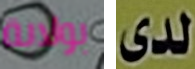
بولاية لدى